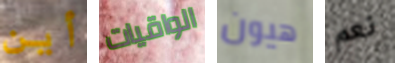
أين الواقيات هيون نعم